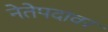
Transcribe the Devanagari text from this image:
नेतेपदावर